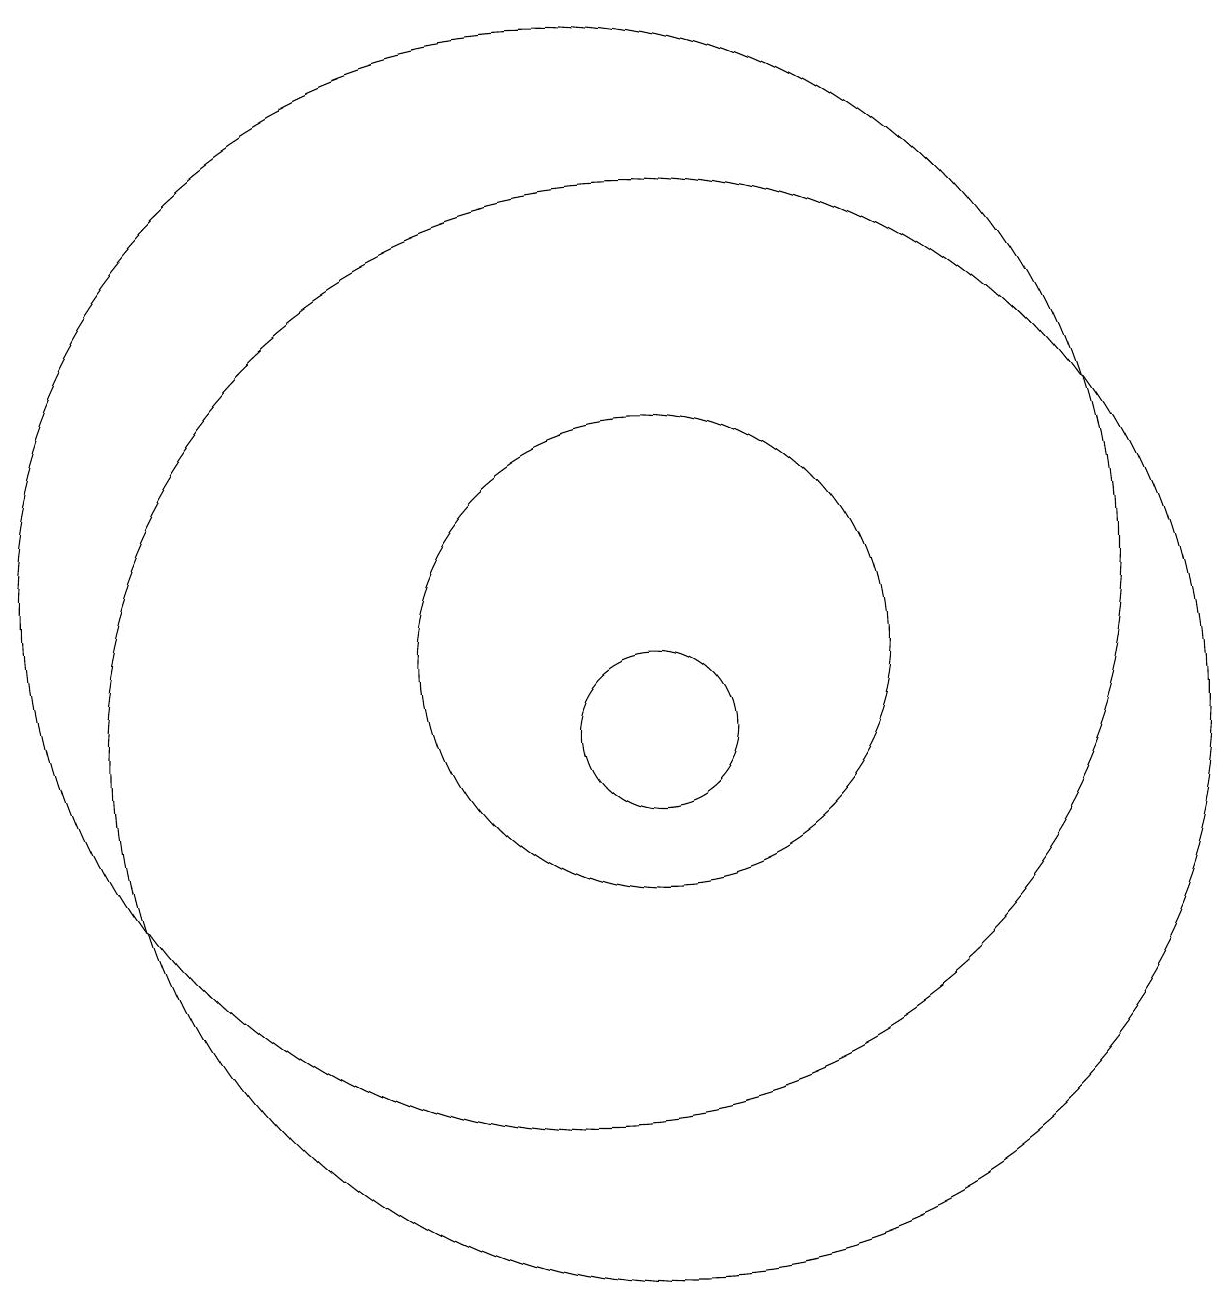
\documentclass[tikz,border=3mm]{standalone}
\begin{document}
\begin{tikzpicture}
\draw (12,10) circle (1);
\draw (12,10) circle (7);
\draw (12,11) circle (3);
\draw (11,12) circle (7);
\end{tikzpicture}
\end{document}